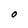
Character: O